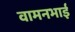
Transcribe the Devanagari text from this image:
वामनभाई